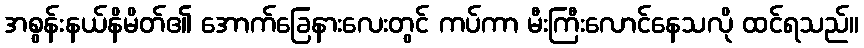
အစွန်းနယ်နိမိတ်၏ အောက်ခြေနားလေးတွင် ကပ်ကာ မီးကြီးလောင်နေသလို ထင်ရသည်။